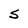
Character: S